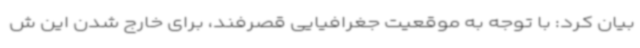
بیان کرد: با توجه به موقعیت جغرافیایی قصرفند، برای خارج شدن این ش